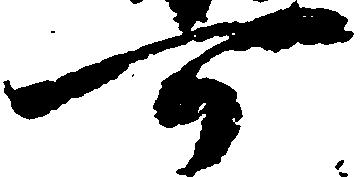
可